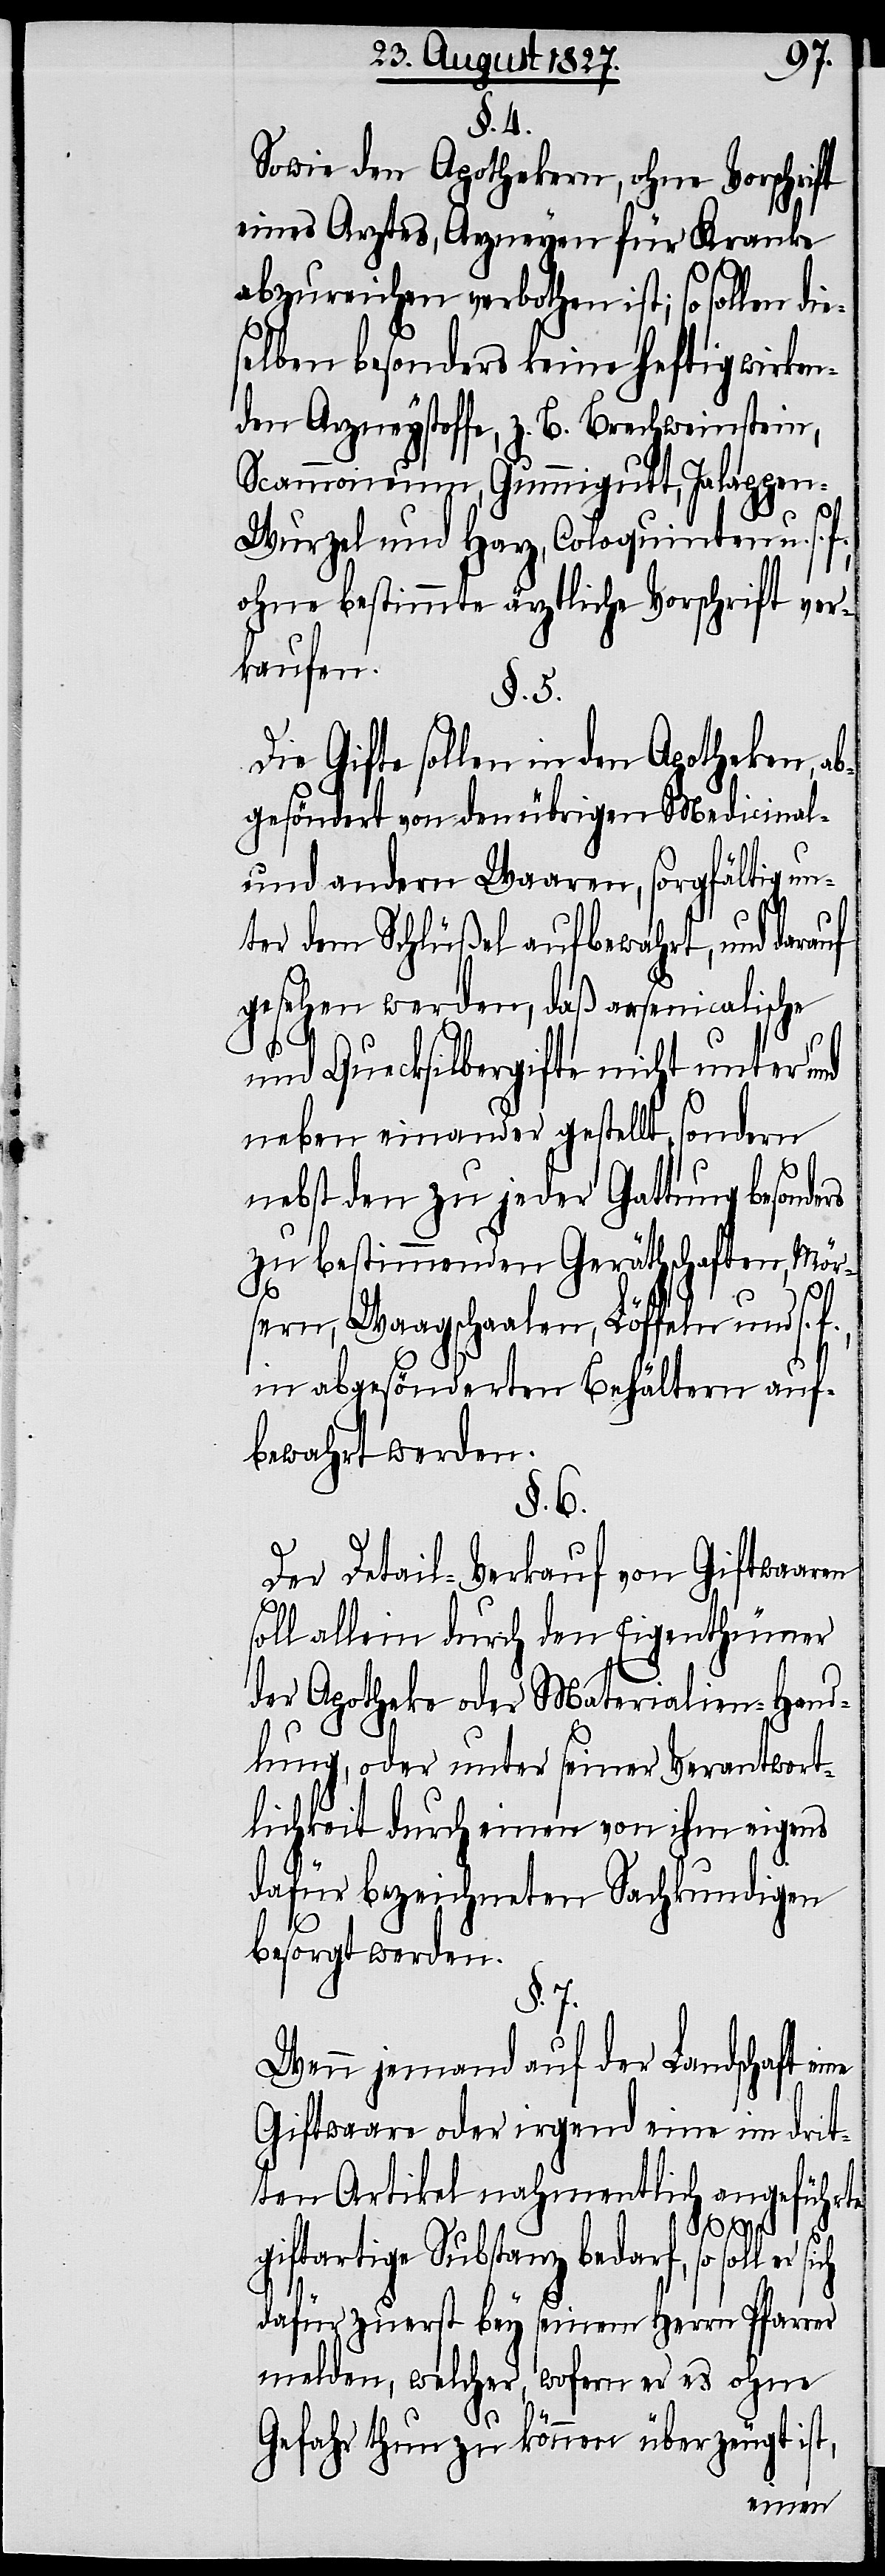
§. 4.
Sowie den Apothekern, ohne Vorschrift
eines Arztes, Arnzeyen für Kranke
abzureichen verbothen ist; so sollen die¬
selben besonders keine heftig wirken¬
den Arzneystoffe, z. B. Brechweinstein,
Scammoneum, Gummgutt, Jalappe¬
n-Wurzel und Harz, Coloquinten u. s.
ohne bestimmte ärztliche Vorschrift ver¬
kaufen.
§. 5.
Die Gifte sollen in den Apotheken, ab¬
gesöndert von den übrigen Medicinal-
und andern Waaren, sorgfältig un¬
ter dem Schlüßel aufbewahrt, und darauf
gesehen werden, daß arsenicalische
und Quecksilbergifte nicht unter und
neben einander gestellt, sondern
nebst den zu jeder Gattung besonde¬
zu bestimmenden Geräthschaften, Mör¬
sern, Waagschalen, Löffeln u. s. f.,
in abgesönderten Behältern auf¬
bewahrt werden.
§. 6.
rs
Der Detail-Verkauf von Giftwaaren
soll allein durch den Eigenthümer
der Apotheke oder Materialien-Hand¬
lung, oder unter seiner Verantwort¬
lichkeit durch einen von ihm eigens
dafür bezeichneten Sachkundigen
besorgt werden.
§. 7.
Wenn jemand auf der Landschaft
Giftwaare oder irgend eine im drit¬
ten Artikel nahmentlich angeführte
giftartige Substanz bedarf, so soll
dafür zuerst bey seinem Herrn Pfarrer
melden, welcher, wofern er es ohne
Gefahr thun zu können überzeugt ist,
eine